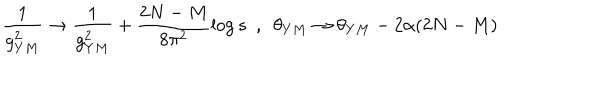
\frac { 1 } { g _ { Y M } ^ { 2 } } \rightarrow \frac { 1 } { g _ { Y M } ^ { 2 } } + \frac { 2 N - M } { 8 \pi ^ { 2 } } \log s ~ ~ , ~ ~ \theta _ { Y M } \rightarrow \theta _ { Y M } - 2 \alpha ( 2 N - M )